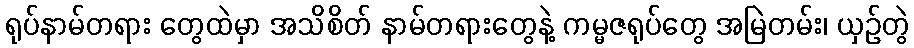
ရုပ်နာမ်တရား တွေထဲမှာ အသိစိတ် နာမ်တရားတွေနဲ့ ကမ္မဇရုပ်တွေ အမြဲတမ်း၊ ယှဉ်တွဲ